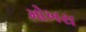
મોખરા